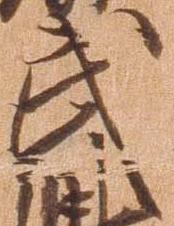
武